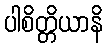
ပါစိတ္တိယာနိ